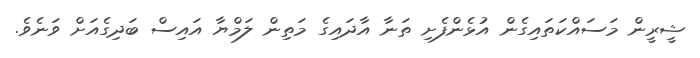
ޝީރީން މަސައްކަތައިގެން އުޅެންފެށި ތަނާ އާދައިގެ މަތިން ލަމްޔާ އައިސް ބަދިގެއަށް ވަނެވެ.